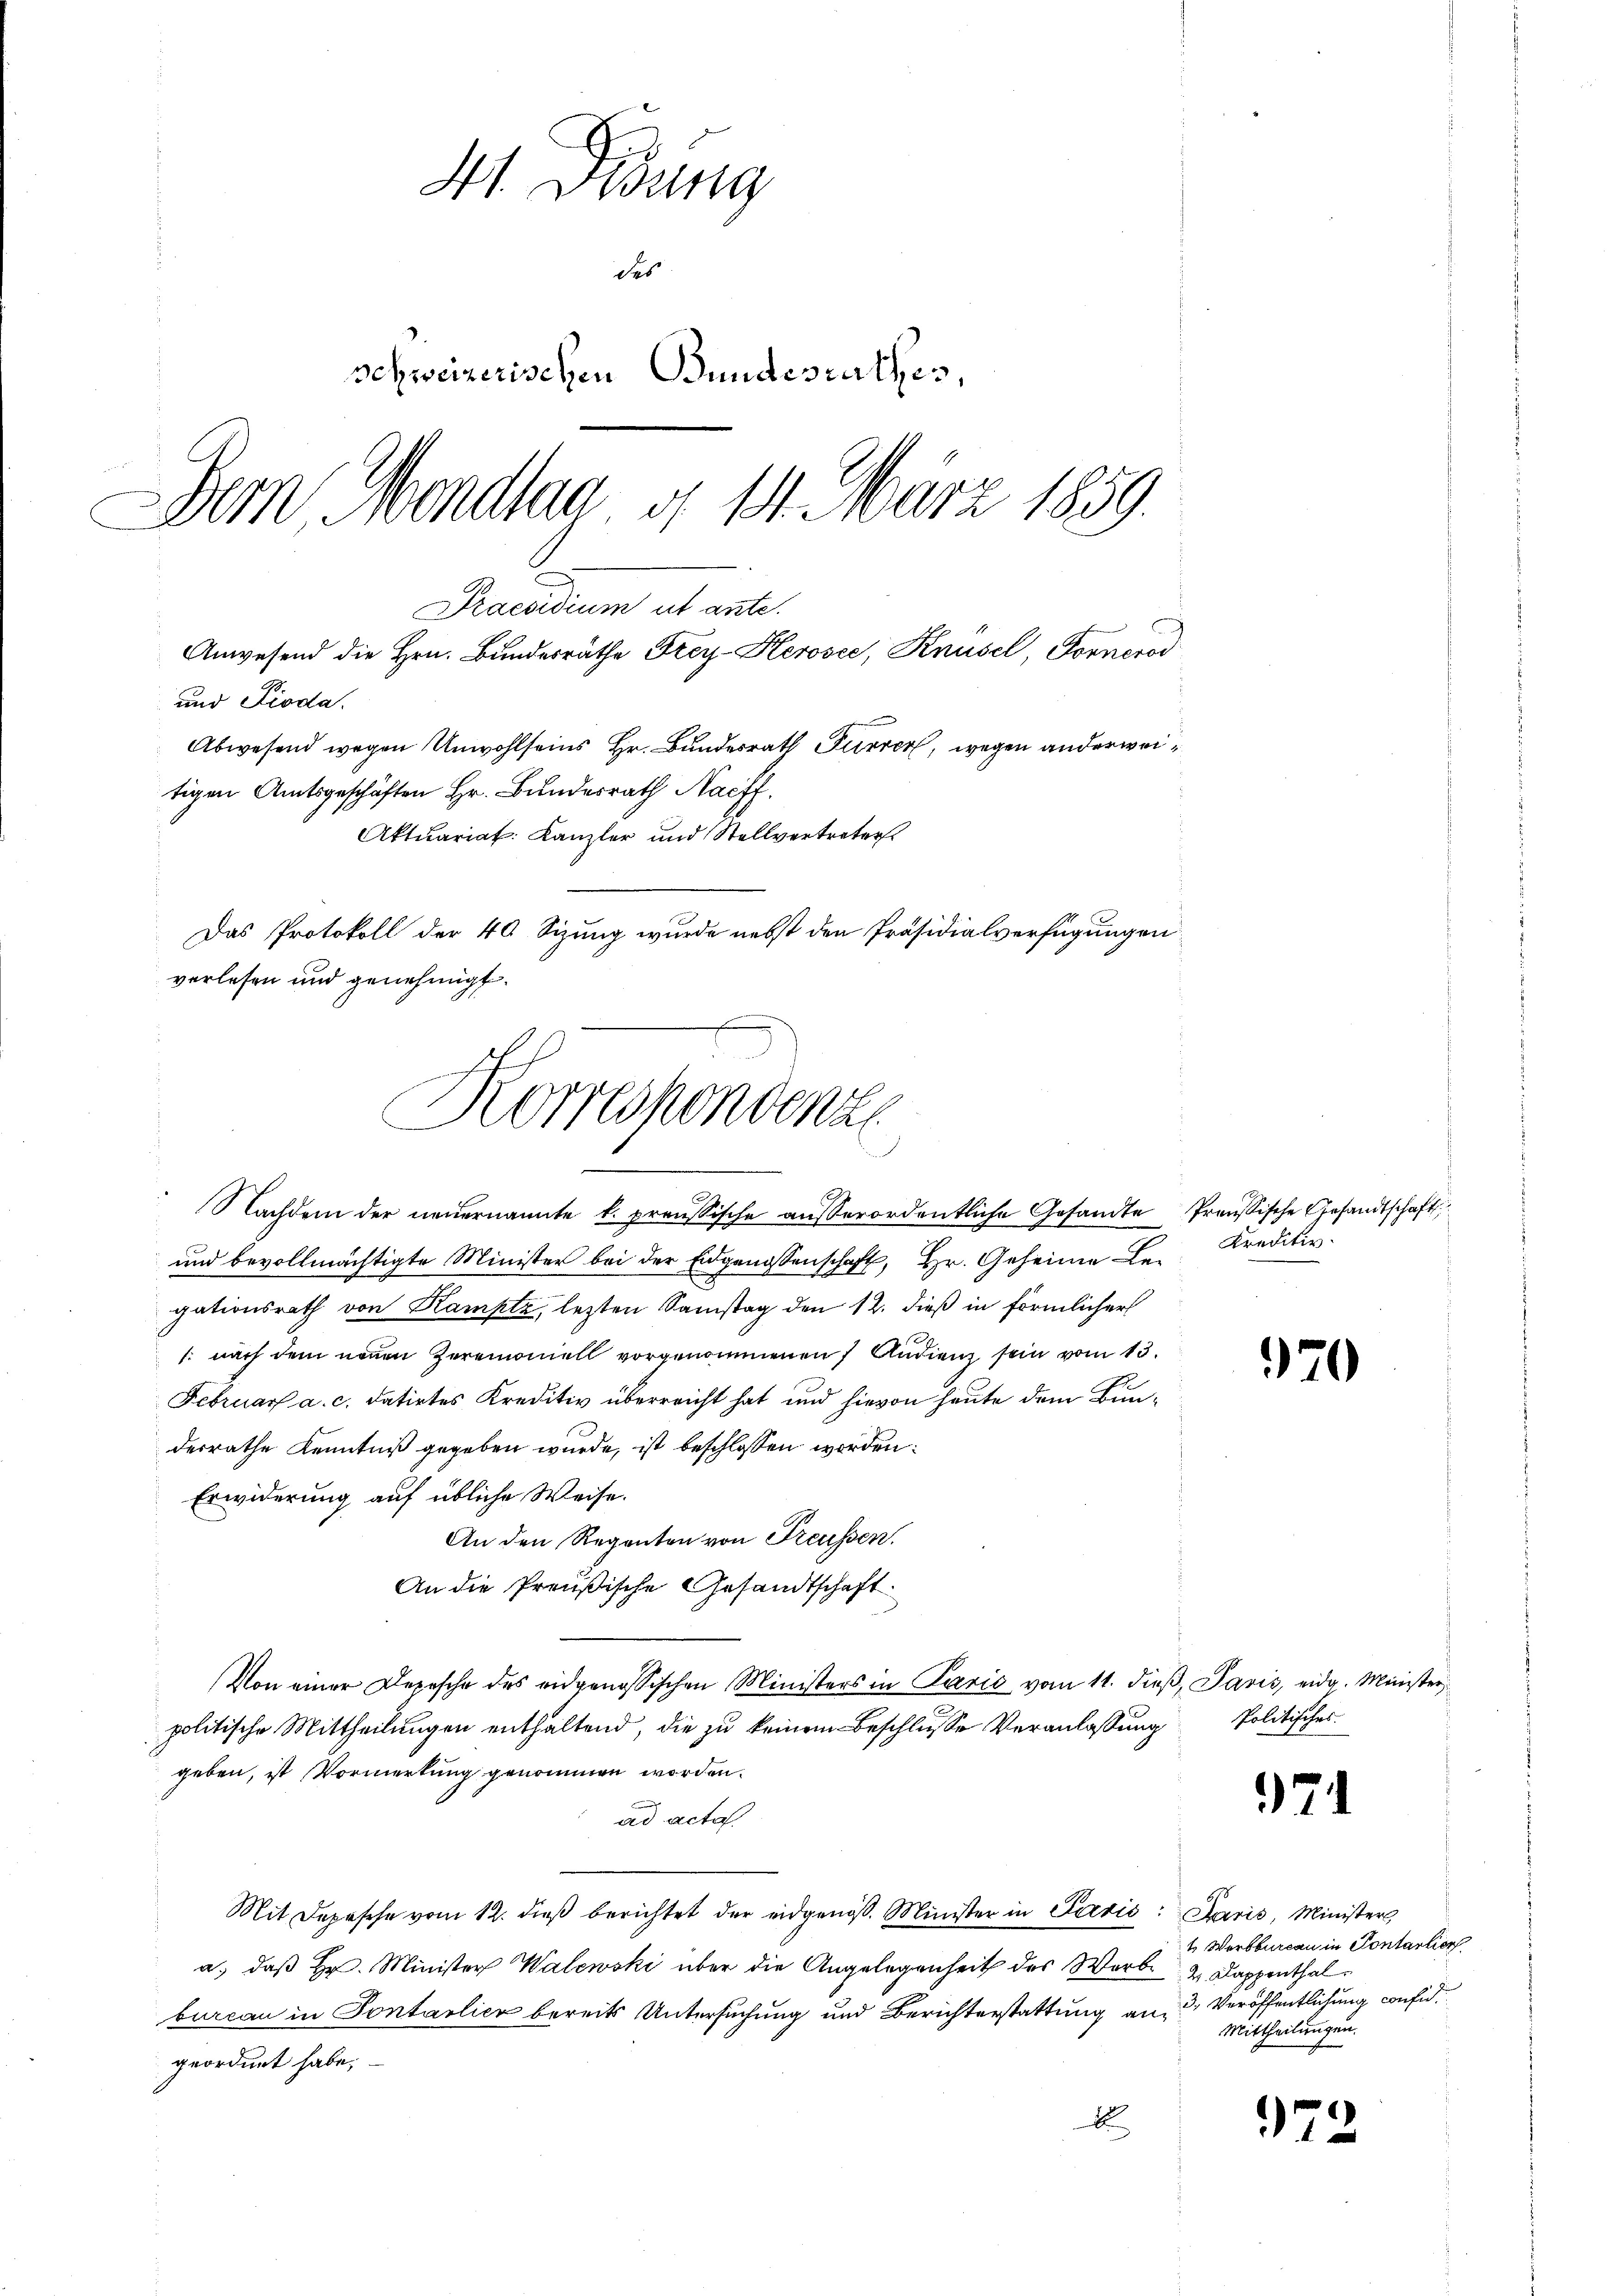
St. Gesung
des
schweizerischen Bundesrathes,
Dem Mondlna u. 14. März 1859.
Praesidium ut ante.
Anwesend die Hrn. Bundesräthe Frey-Herosee, Knüsel, Fornerod
und Pioda.
Abwesend wegen Unwohlseins Hr. Bundesrath Furrer, wegen anderweitigen Amtsgeschäften Hr. Bundesrath Nac
Aktuariat: Kanzler und Stellvertreter
Das Protokoll der 40 Sizung wurde nebst den Präsidialverfügungen
verlesen und genehmigt.

Korrespondente
Nachdem der neuernannte k. preussische außerordentliche Gesandte Preussische Gesandtschaft

und bevollmächtigte Minister bei der Eidgenossenschaft, Hr. Geheime Legationsrath von Kamptz, lezten Samstag den 12. dieß in förmlicher
1: nach dem neuen Zeremomell vorgenommenen 7 Andienz sein vom 13.
Februar a. c. datirtes Kreditiv überreicht hat und hievon heute dem Bunderrathe Kenntniß gegeben wurde, ist beschlossen worden:
Erwiderung auf übliche Weise.
An den Regenten von Freussen.
An die Preußische Gesandtschaft.
Von einer Depesche des eidgenössischen Ministers in Parić vom 11. dieß, Paris, eidg. Minister
politische Mittheilungen enthaltend, die zu keinem Beschlusse Veranlassung Politisches
geben, ist Vormerkung genommen worden.
ad acta.
Mit Depesche vom 12. dieβ berichtet der eidgenös. Minister in Perić: Paris, Ministers
a.) daß Hr. Minister Walewski über die Angelegenheit des Werbe & Dappenthal
bureau in Sontalicz bereits Untersuchung und Berichterstattung an Veröffentlichung confid
geordnet habe,
x

Kreditir

970

74

4 Wertbureau in Contantier
Mittheilungen.

972